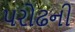
પરોઢની